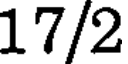
17/2